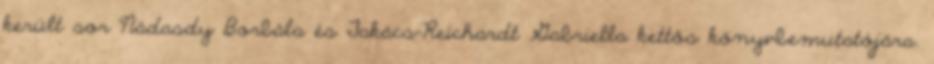
került sor Nádasdy Borbála és Takács-Reichardt Gabriella kettős könyvbemutatójára.